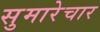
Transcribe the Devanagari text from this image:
सुमारेचार